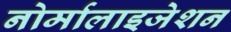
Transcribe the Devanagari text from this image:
नोर्मालाइजेशन